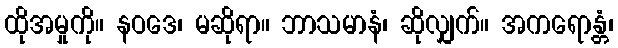
ထိုအမှုကို။ နဝဒေ၊ မဆိုရာ။ ဘာသမာနံ၊ ဆိုလျှက်။ အကရောန္တံ၊